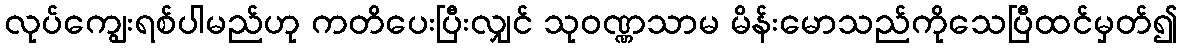
လုပ်ကျွေးရစ်ပါမည်ဟု ကတိပေးပြီးလျှင် သုဝဏ္ဏသာမ မိန်းမောသည်ကိုသေပြီထင်မှတ်၍